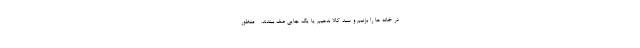
در خانه ها را بزنیم و سبد کالا بدهیم یا یک جایی صف ببندند. - منظور